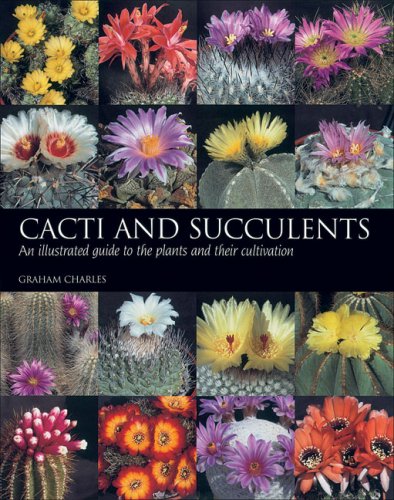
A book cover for Cacti and Succulents: An Illustrated Guide to the Plants and their Cultivation; Graham Charles; Crafts, Hobbies & Home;